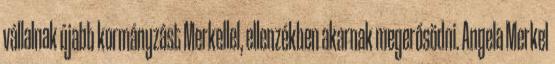
vállalnak újabb kormányzást Merkellel, ellenzékben akarnak megerősödni. Angela Merkel